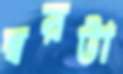
স্বরটা